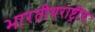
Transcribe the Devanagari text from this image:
भारतीयराष्ट्रीय